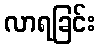
လာရခြင်း